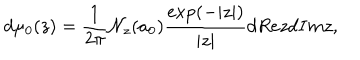
d \mu _ { 0 } ( z ) = { \frac { 1 } { 2 \pi } } { \cal N } _ { z } ( a _ { 0 } ) { \frac { \exp ( - | z | ) } { | z | } } d R e z d I m z ,